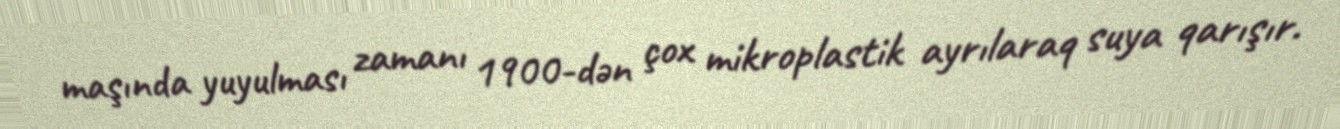
maşında yuyulması zamanı 1900-dən çox mikroplastik ayrılaraq suya qarışır.